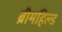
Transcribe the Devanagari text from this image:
ब्रीमहिल्ड